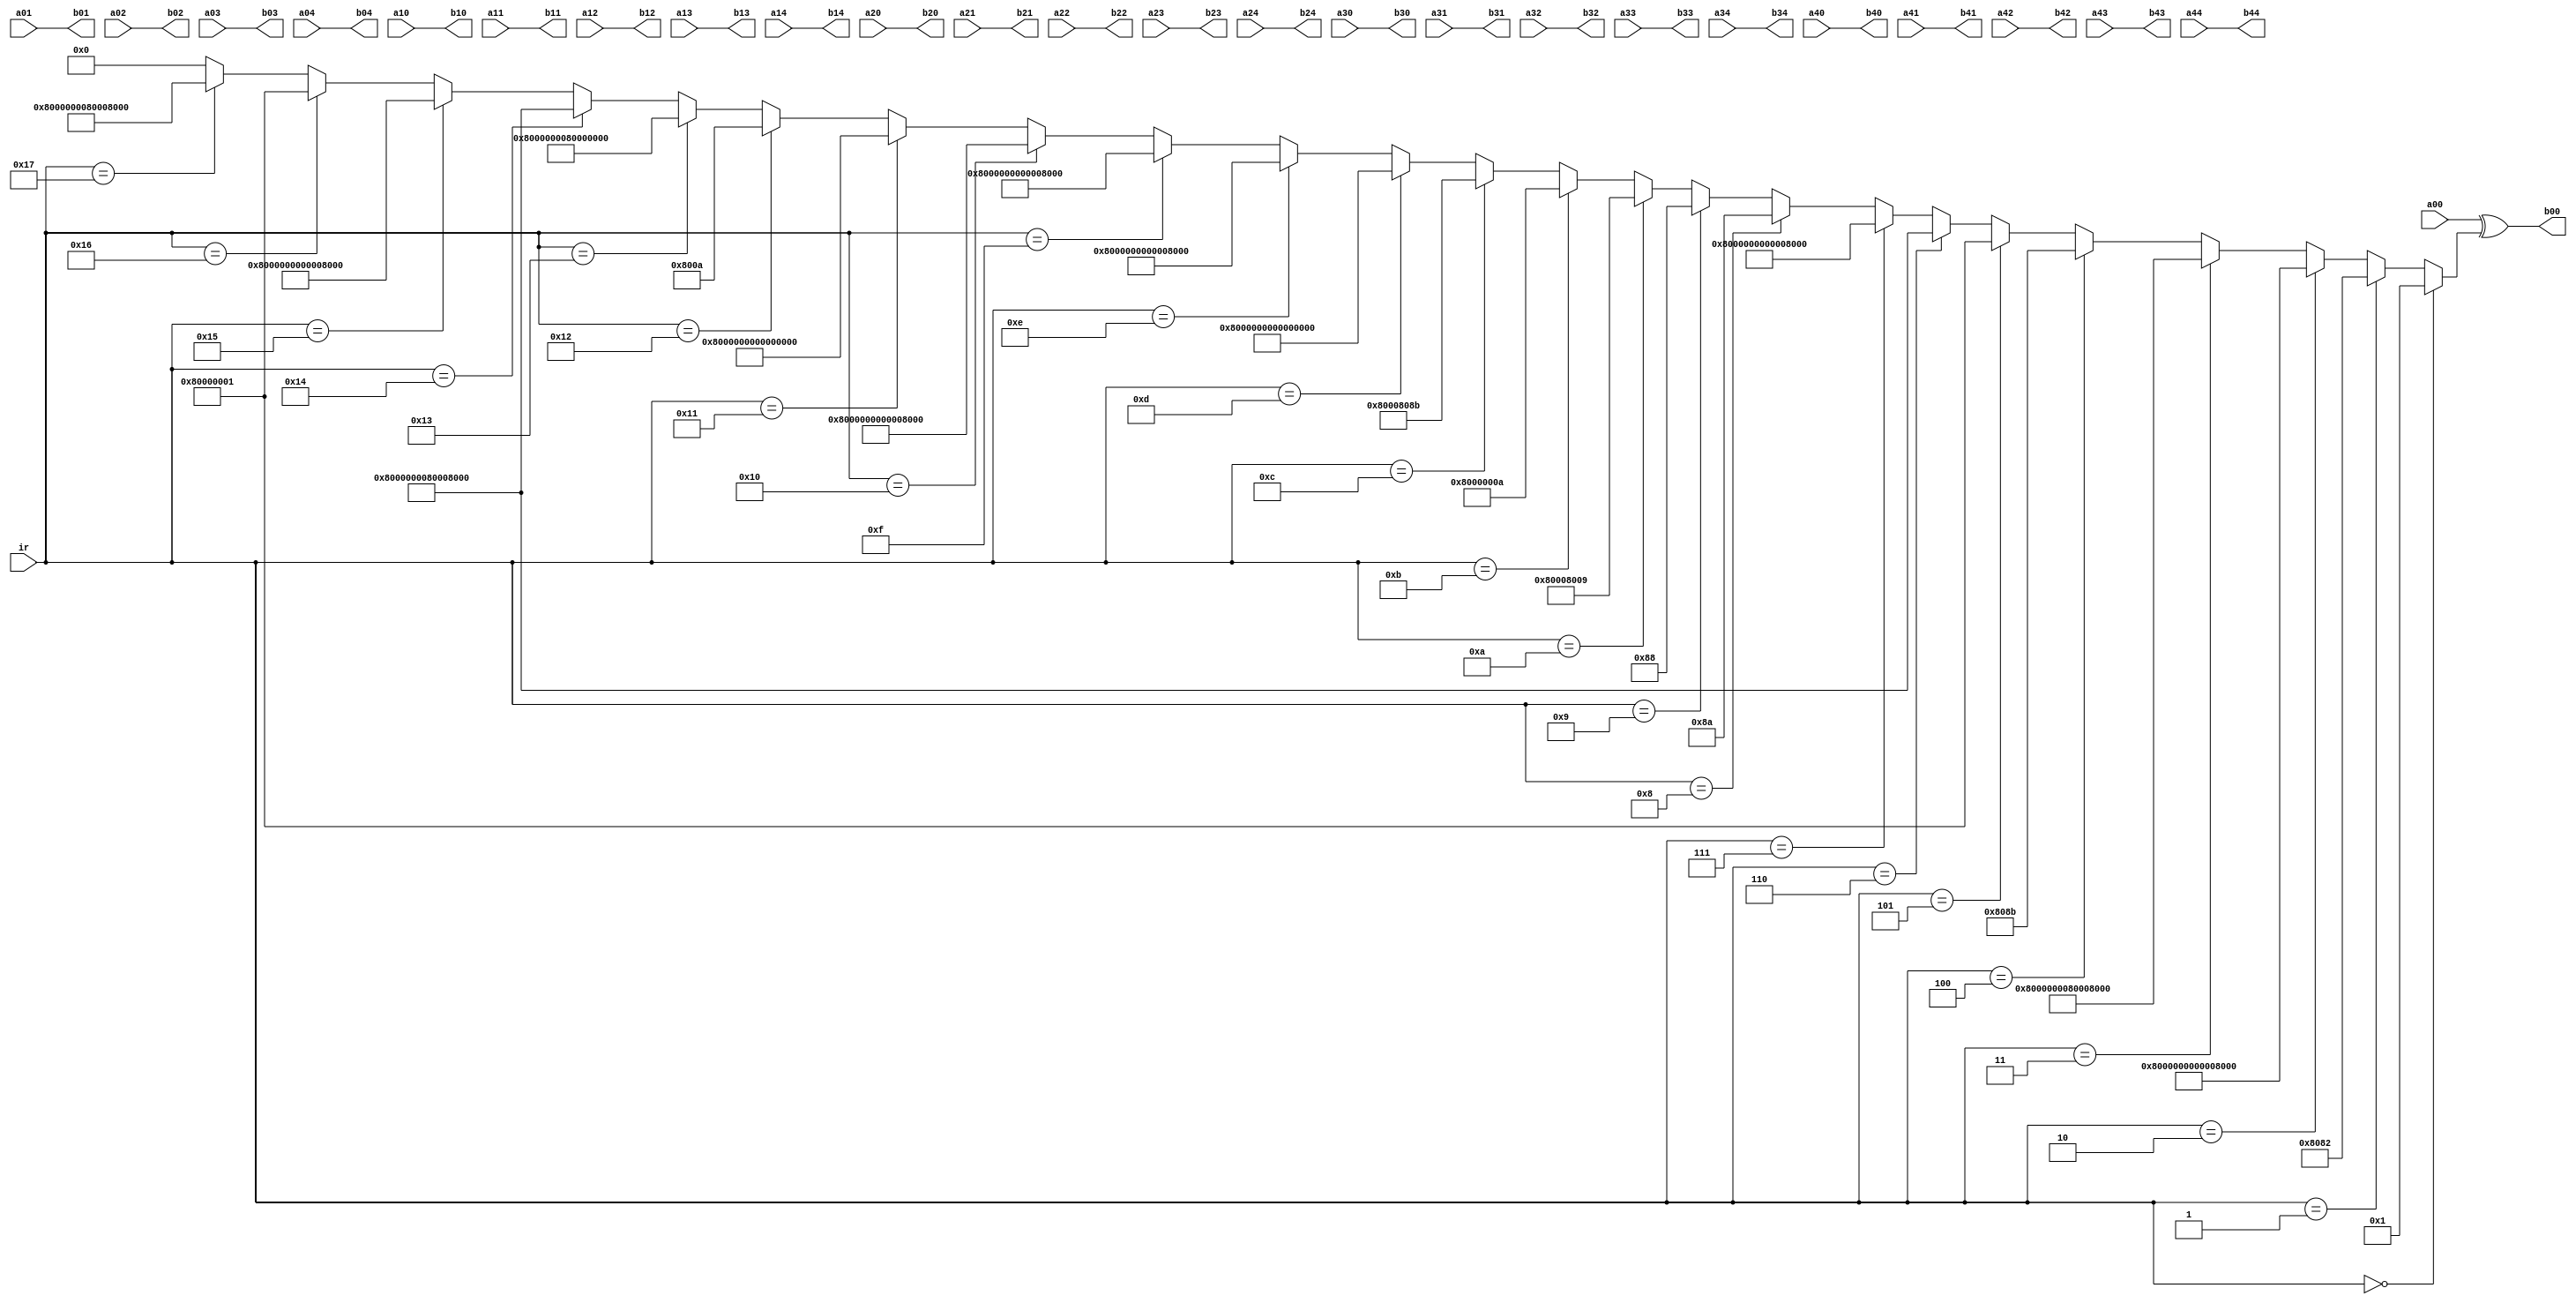
`timescale 1ns / 1ps
//////////////////////////////////////////////////////////////////////////////////
// Company: 
// Engineer: 
// 
// Design Name: 
// Module Name: thota
// Project Name: 
// Target Devices: 
// Tool Versions: 
// Description: 
// 
// Dependencies: 
// 
// Revision:
// Revision 0.01 - File Created
// Additional Comments:
// 
//////////////////////////////////////////////////////////////////////////////////


module thota(a00,a01,a02,a03,a04,a10,a11,a12,a13,a14,a20,a21,a22,a23,a24,a30,a31,a32,a33,a34,a40,a41,a42,a43,a44,
b00,b01,b02,b03,b04,b10,b11,b12,b13,b14,b20,b21,b22,b23,b24,b30,b31,b32,b33,b34,b40,b41,b42,b43,b44
,ir
    );
    
input [63:0]a00,a01,a02,a03,a04;
input [63:0]a10,a11,a12,a13,a14;
input [63:0]a20,a21,a22,a23,a24;
input [63:0]a30,a31,a32,a33,a34;
input [63:0]a40,a41,a42,a43,a44;
input [6:0]ir;
  
output [63:0]b00,b01,b02,b03,b04;
output [63:0]b10,b11,b12,b13,b14;
output [63:0]b20,b21,b22,b23,b24;
output [63:0]b30,b31,b32,b33,b34;
output [63:0]b40,b41,b42,b43,b44;
wire [63:0] rc;
assign rc= ir==0?64'h0000000000000001:ir==1?64'h0000000000008082:ir==2?64'h800000000000808a:
ir==3?64'h8000000080008000:ir==4?64'h000000000000808b:ir==5?64'h0000000080000001:
ir==6?64'h8000000080008081:ir==7?64'h8000000000008009:ir==8?64'h000000000000008a:ir==9?64'h0000000000000088
:ir==10?64'h0000000080008009:ir==11?64'h000000008000000a:ir==12?64'h000000008000808b:
ir==13?64'h800000000000008b:ir==14?64'h8000000000008089:ir==15?64'h8000000000008003:
ir==16?64'h8000000000008002:ir==17?64'h8000000000000080:ir==18?64'h000000000000800a:
ir==19?64'h800000008000000a:ir==20?64'h8000000080008081:ir==21?64'h8000000000008080:
ir==22?64'h0000000080000001:ir==23?64'h8000000080008008:0;


assign b00 = a00^rc,b01 = a01,b02 = a02,b03 = a03,b04 = a04;
assign b10 = a10,b11 = a11,b12 = a12,b13 = a13,b14 = a14;
assign b20 = a20,b21 = a21,b22 = a22,b23 = a23,b24 = a24;
assign b30 = a30,b31 = a31,b32 = a32,b33 = a33,b34 = a34;
assign b40 = a40,b41 = a41,b42 = a42,b43 = a43,b44 = a44;
endmodule